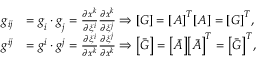
\begin{array} { r l } { g _ { i j } } & { = \boldsymbol { g } _ { i } \cdot \boldsymbol { g } _ { j } = \frac { \partial x ^ { k } } { \partial \xi ^ { i } } \frac { \partial x ^ { k } } { \partial \xi ^ { j } } \Rightarrow \boldsymbol { \left[ G \right] } = \boldsymbol { \left[ A \right] ^ { T } } \boldsymbol { \left[ A \right] } = \boldsymbol { \left[ G \right] ^ { T } } , } \\ { g ^ { i j } } & { = \boldsymbol { g } ^ { i } \cdot \boldsymbol { g } ^ { j } = \frac { \partial \xi ^ { i } } { \partial x ^ { k } } \frac { \partial \xi ^ { j } } { \partial x ^ { k } } \Rightarrow \boldsymbol { \left[ \bar { G } \right] } = \boldsymbol { \left[ \bar { A } \right] } \boldsymbol { \left[ \bar { A } \right] ^ { T } } = \boldsymbol { \left[ \bar { G } \right] ^ { T } } , } \end{array}